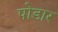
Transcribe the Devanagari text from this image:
पोडार